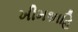
ખીમશાહિ